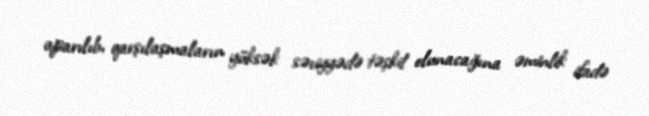
aparılıb, qarşılaşmaların yüksək səviyyədə təşkil olunacağına əminlik ifadə